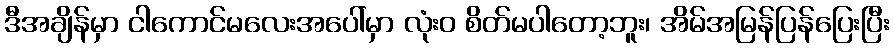
ဒီအချိန်မှာ ငါကောင်မလေးအပေါ်မှာ လုံးဝ စိတ်မပါတော့ဘူး၊ အိမ်အမြန်ပြန်ပြေးပြီး